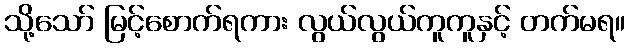
သို့သော် မြင့်စောက်ရကား လွယ်လွယ်ကူကူနှင့် တက်မရ။